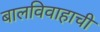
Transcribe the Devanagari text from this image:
बालविवाहाची